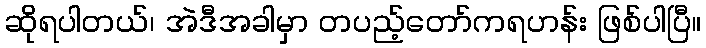
ဆိုရပါတယ်၊ အဲဒီအခါမှာ တပည့်တော်ကရဟန်း ဖြစ်ပါပြီ။